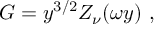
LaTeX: G = y ^ { 3 / 2 } Z _ { \nu } ( \omega y ) \ ,